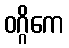
ဝဂ္ဂိကေ